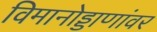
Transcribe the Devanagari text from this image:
विमानोड्डाणांवर